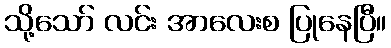
သို့သော် လင်း အာလေးစ ပြုနေပြီ။